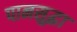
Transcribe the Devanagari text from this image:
पानसुद्धा